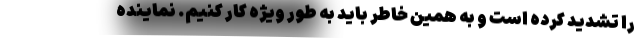
را تشدید کرده است و به همین خاطر باید به طور ویژه کار کنیم. نماینده